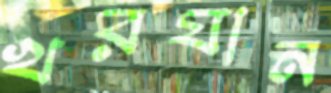
খরযান